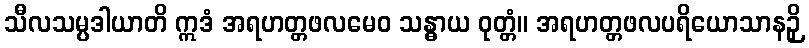
သီလသမ္ပဒါယာတိ ဣဒံ အရဟတ္တဖလမေဝ သန္ဓာယ ဝုတ္တံ။ အရဟတ္တဖလပရိယောသာနဉှိ